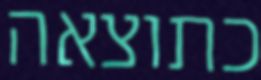
כתוצאה